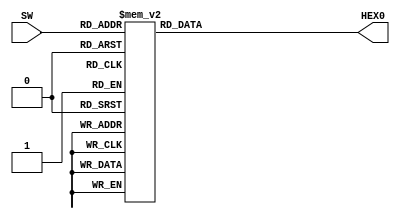
module SEG7DEC(
  input [3:0] SW,
  output reg  [6:0] HEX0
);

always @* begin
  case(SW)
    4'h0: HEX0 = 7'b1000000;
    4'h1: HEX0 = 7'b1000001;
    4'h2: HEX0 = 7'b1000000;
    4'h3: HEX0 = 7'b1000000;
    4'h4: HEX0 = 7'b1000000;
    4'h5: HEX0 = 7'b1000000;
    4'h6: HEX0 = 7'b1000000;
    4'h7: HEX0 = 7'b1000000;
    4'h8: HEX0 = 7'b1000000;
    4'h9: HEX0 = 7'b1000000;
    4'ha: HEX0 = 7'b1000000;
    4'hb: HEX0 = 7'b1000000;
    4'hc: HEX0 = 7'b1000000;
    4'hd: HEX0 = 7'b1000000;
    4'he: HEX0 = 7'b1000000;
    4'hf: HEX0 = 7'b1000000;
    default: HEX0 = 7'b11111111;
  endcase
end

endmodule